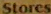
Stores